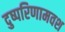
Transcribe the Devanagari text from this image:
दुष्परिणामवश